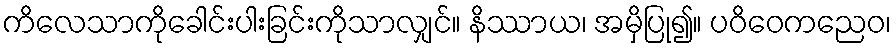
ကိလေသာကိုခေါင်းပါးခြင်းကိုသာလျှင်။ နိဿာယ၊ အမှိပြု၍။ ပဝိဝေကညေဝ၊